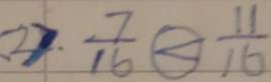
< 2 > . \frac { 7 } { 1 6 } \textcircled { < } \frac { 1 1 } { 1 6 }